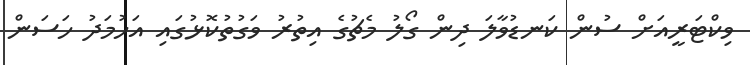
ވިކްޓަރީއަށް ސުން ކަނޑުވާލަ ދިން ގޯލު މެޗުގެ އިތުރު ވަގުތުކޮޅުގައި އަހުމަދު ހަސަން